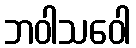
ဘဝါသဝေါ